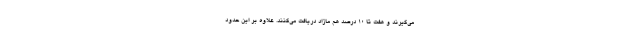
می‌گیرند و هفت تا ۱۰ درصد هم مازاد دریافت می‌کنند. علاوه بر این حدود